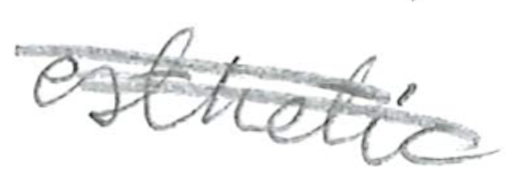
Text: esthetic
Cross-out: double-line
Writing tool: pencil